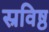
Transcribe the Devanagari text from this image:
स्रविष्ठ